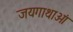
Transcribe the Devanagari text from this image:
जयगाथाओं